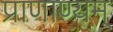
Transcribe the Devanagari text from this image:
प्राणाण्यम्